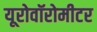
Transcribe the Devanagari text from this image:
यूरोवॉरोमीटर